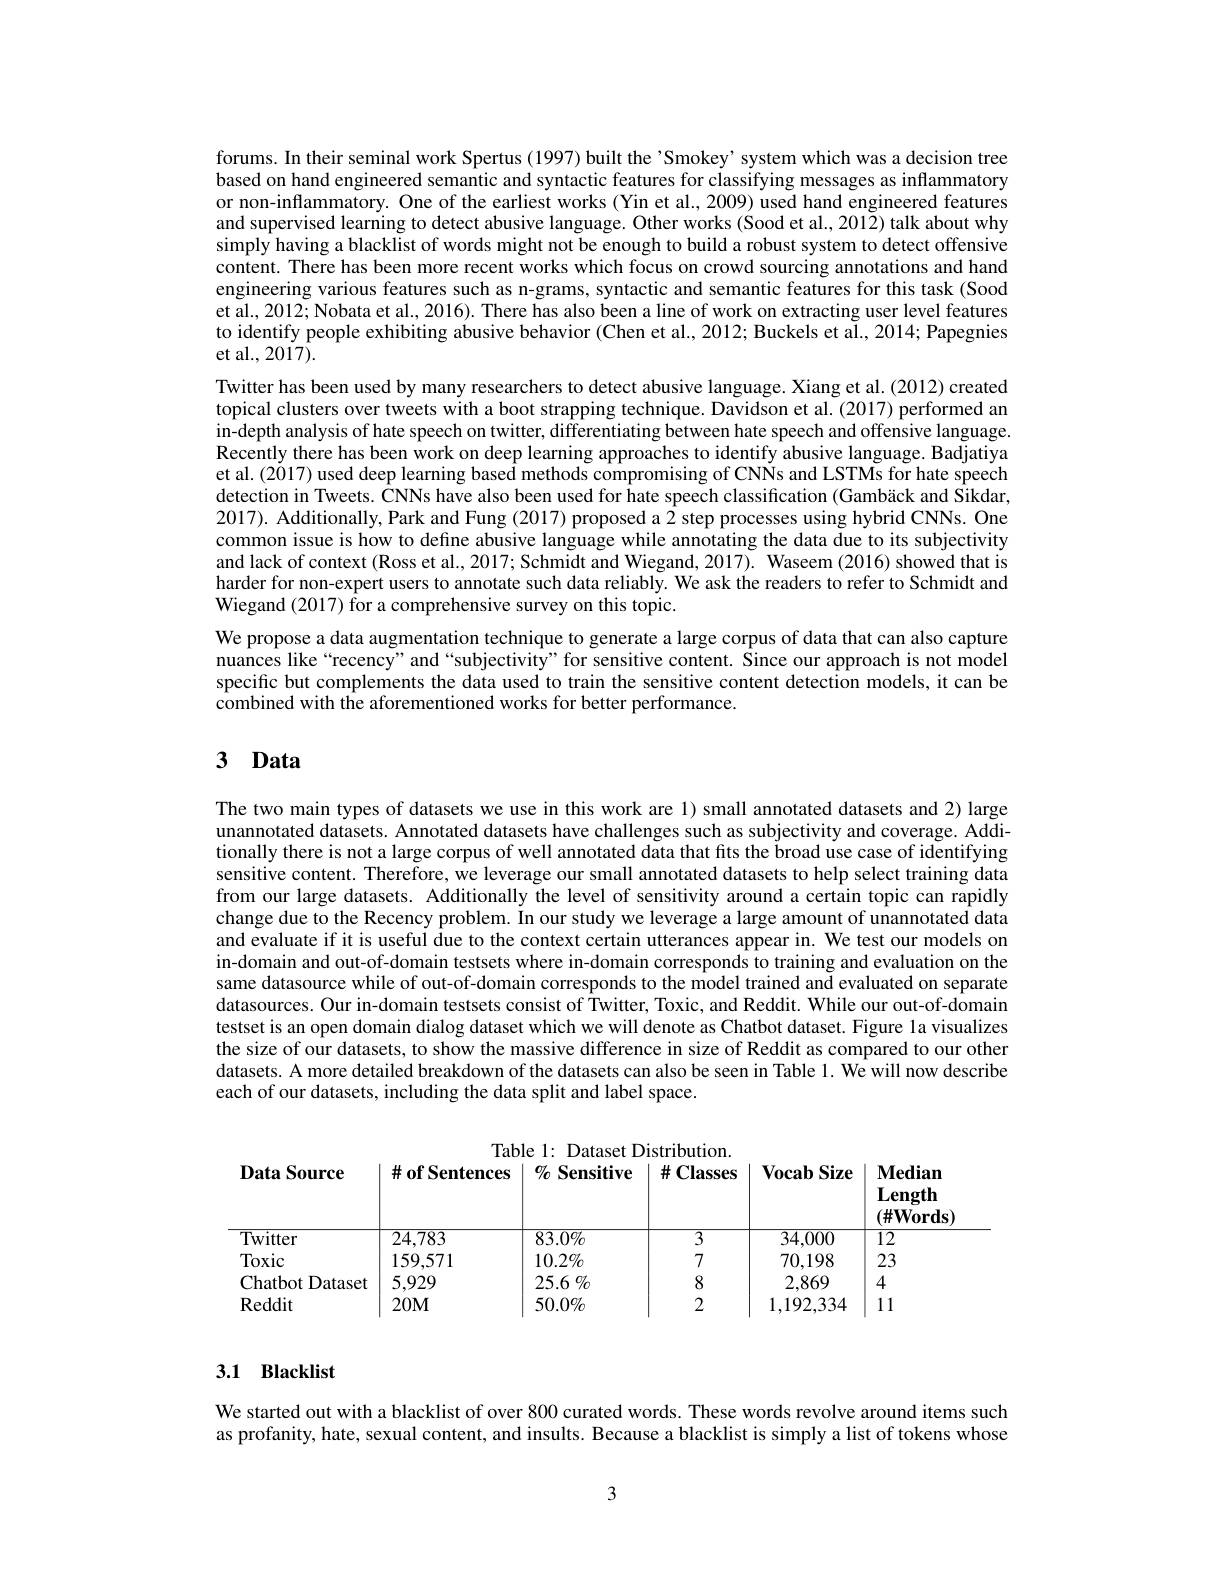
forums. In their seminal work Spertus (1997) built the'Smokey’system which was a decision tree based on hand engineered semantic and syntactic features for classifying messages as inflammatory or non-inflammatory. One of the earliest works (Yin et al., 2009) used hand engineered features and supervised learning to detect abusive language. Other works (Sood et al., 2012) talk about why simply having a blacklist of words might not be enough to build a robust system to detect offensive content. There has been more recent works which focus on crowd sourcing annotations and hand engineering various features such as n-grams, syntactic and semantic features for this task (Sood et al., 2012; Nobata et al., 2016). There has also been a line of work on extracting user level features to identify people exhibiting abusive behavior (Chen et al., 2012; Buckels et a$\tilde{\mathrm{l}}..,2014;$ Papegnies et al., 2017).
Twitter has been used by many researchers to detect abusive language. Xiang et al. (2012) created topical clusters over tweets with a boot strapping technique. Davidson et al. (2017) performed an in-depth analysis of hate speech on twitter, differentiating between hate speech and offensive language. Recently there has been work on deep learning approaches to identify abusive language. Badjatiya et al. (2017) used deep learning based methods compromising of CNNs and LSTMs for hate speech detection in Tweets. CNNs have also been used for hate speech classification (Gambäck and Sikdar, 2017). Additionally, Park and Fung (2017) proposed a 2 step processes using hybrid CNNs. One common issue is how to defıne abusive language while annotating the data due to its subjectivity and lack of context (Ross et al., 2017; Schmidt and Wiegand, 2017). Waseem (2016) showed that is harder for non-expert users to annotate such data reliably. We ask the readers to refer to Schmidt and Wiegand (2017) for a comprehensive survey on this topic.
We propose a data augmentation technique to generate a large corpus of data that can also capture nuances like“recency”and“subjectivity”for sensitive content. Since our approach is not model specific but complements the data used to train the sensitive content detection models, it can be $\hat{\text{combined with the aforementioned works for better performance}}.$

# 3 Data

The two main types of datasets we use in this work are 1) small annotated datasets and 2) large unannotated datasets. Annotated datasets have challenges such as subjectivity and coverage. Additionally there is not a large corpus of well annotated data that fits the broad use case of identifying sensitive content. Therefore, we leverage our small annotated datasets to help select training data from our large datasets. Additionally the level of sensitivity around a certain topic can rapidly change due to the Recency problem. In our study we leverage a large amount of unannotated data and evaluate if it is useful due to the context certain utterances appear in. We test our models on in-domain and out-of-domain testsets where in-domain corresponds to training and evaluation on the same datasource while of out-of-domain corresponds to the model trained and evaluated on separate datasources. Our in-domain testsets consist of Twitter, Toxic, and Reddit. While our out-of-domain testset is an open domain dialog dataset which we will denote as Chatbot dataset. Figure la visualizes the size of our datasets, to show the massive difference in size of Reddit as compared to our other datasets. A more detailed breakdown of the datasets can also be seen in Table 1. We will now describe each of our datasets, including the data split and label space.

<table>
	<tbody>
		<tr>
			<th>Data Source</th>
			<th>$\#$of Sentences</th>
			<th>$\%$ Sensitive</th>
			<th>$\#\mathbf{Classes}$</th>
			<th>$\mathbf{VocabSize}$</th>
			<th>$\mathbf{Median}$ Length $(\#\mathbf{Words}$</th>
		</tr>
		<tr>
			<td>$\mathbf{Twitter}$</td>
			<td>24.783</td>
			<td>$83.0\%$</td>
			<td>3</td>
			<td>34,000</td>
			<td>$\overline{12}$</td>
		</tr>
		<tr>
			<td>Toxic</td>
			<td>159,571</td>
			<td>$10.2\%$</td>
			<td>7</td>
			<td>70,198</td>
			<td>23</td>
		</tr>
		<tr>
			<td>Chatbot Dataset 1 </td>
			<td>5,929</td>
			<td>25.6 $\%$</td>
			<td>8</td>
			<td>2,869</td>
			<td>4</td>
		</tr>
		<tr>
			<td>Reddit</td>
			<td>$20M$</td>
			<td>$50.0\%$</td>
			<td>2</td>
			<td>1,192,334</td>
			<td>11</td>
		</tr>
	</tbody>
</table>

## 3.1 Blacklist

We started out with a blacklist of over 800 curated words. These words revolve around items such as profanity, hate, sexual content, and insults. Because a blacklist is simply a list of tokens whose

3